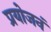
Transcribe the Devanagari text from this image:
प्रयोजनं